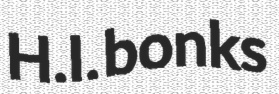
H.I. bonks